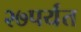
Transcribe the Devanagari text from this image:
२७पर्यंत